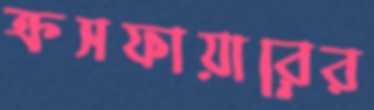
ক্রসফায়ারের